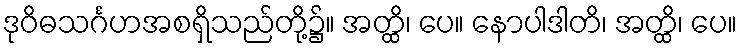
ဒုဝိဓသင်္ဂဟအစရှိသည်တို့၌။ အတ္ထိ၊ ပေ။ နောပါဒါတိ၊ အတ္ထိ၊ ပေ။